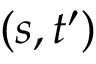
( s , t ^ { \prime } )